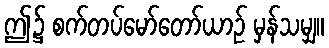
ဤ၌ စက်တပ်မော်တော်ယာဉ် မှန်သမျှ။